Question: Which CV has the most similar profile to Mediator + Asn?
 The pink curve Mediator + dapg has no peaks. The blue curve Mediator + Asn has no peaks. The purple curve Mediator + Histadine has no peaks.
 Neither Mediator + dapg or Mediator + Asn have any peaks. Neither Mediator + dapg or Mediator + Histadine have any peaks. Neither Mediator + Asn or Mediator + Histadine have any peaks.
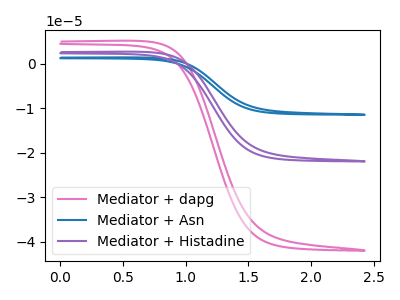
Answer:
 <answer>"Mediator + Asn" and "Mediator + Histadine" have a similar shape to "Mediator + dapg".</answer>
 <eval>"Mediator + Asn" "Mediator + Histadine"</eval>